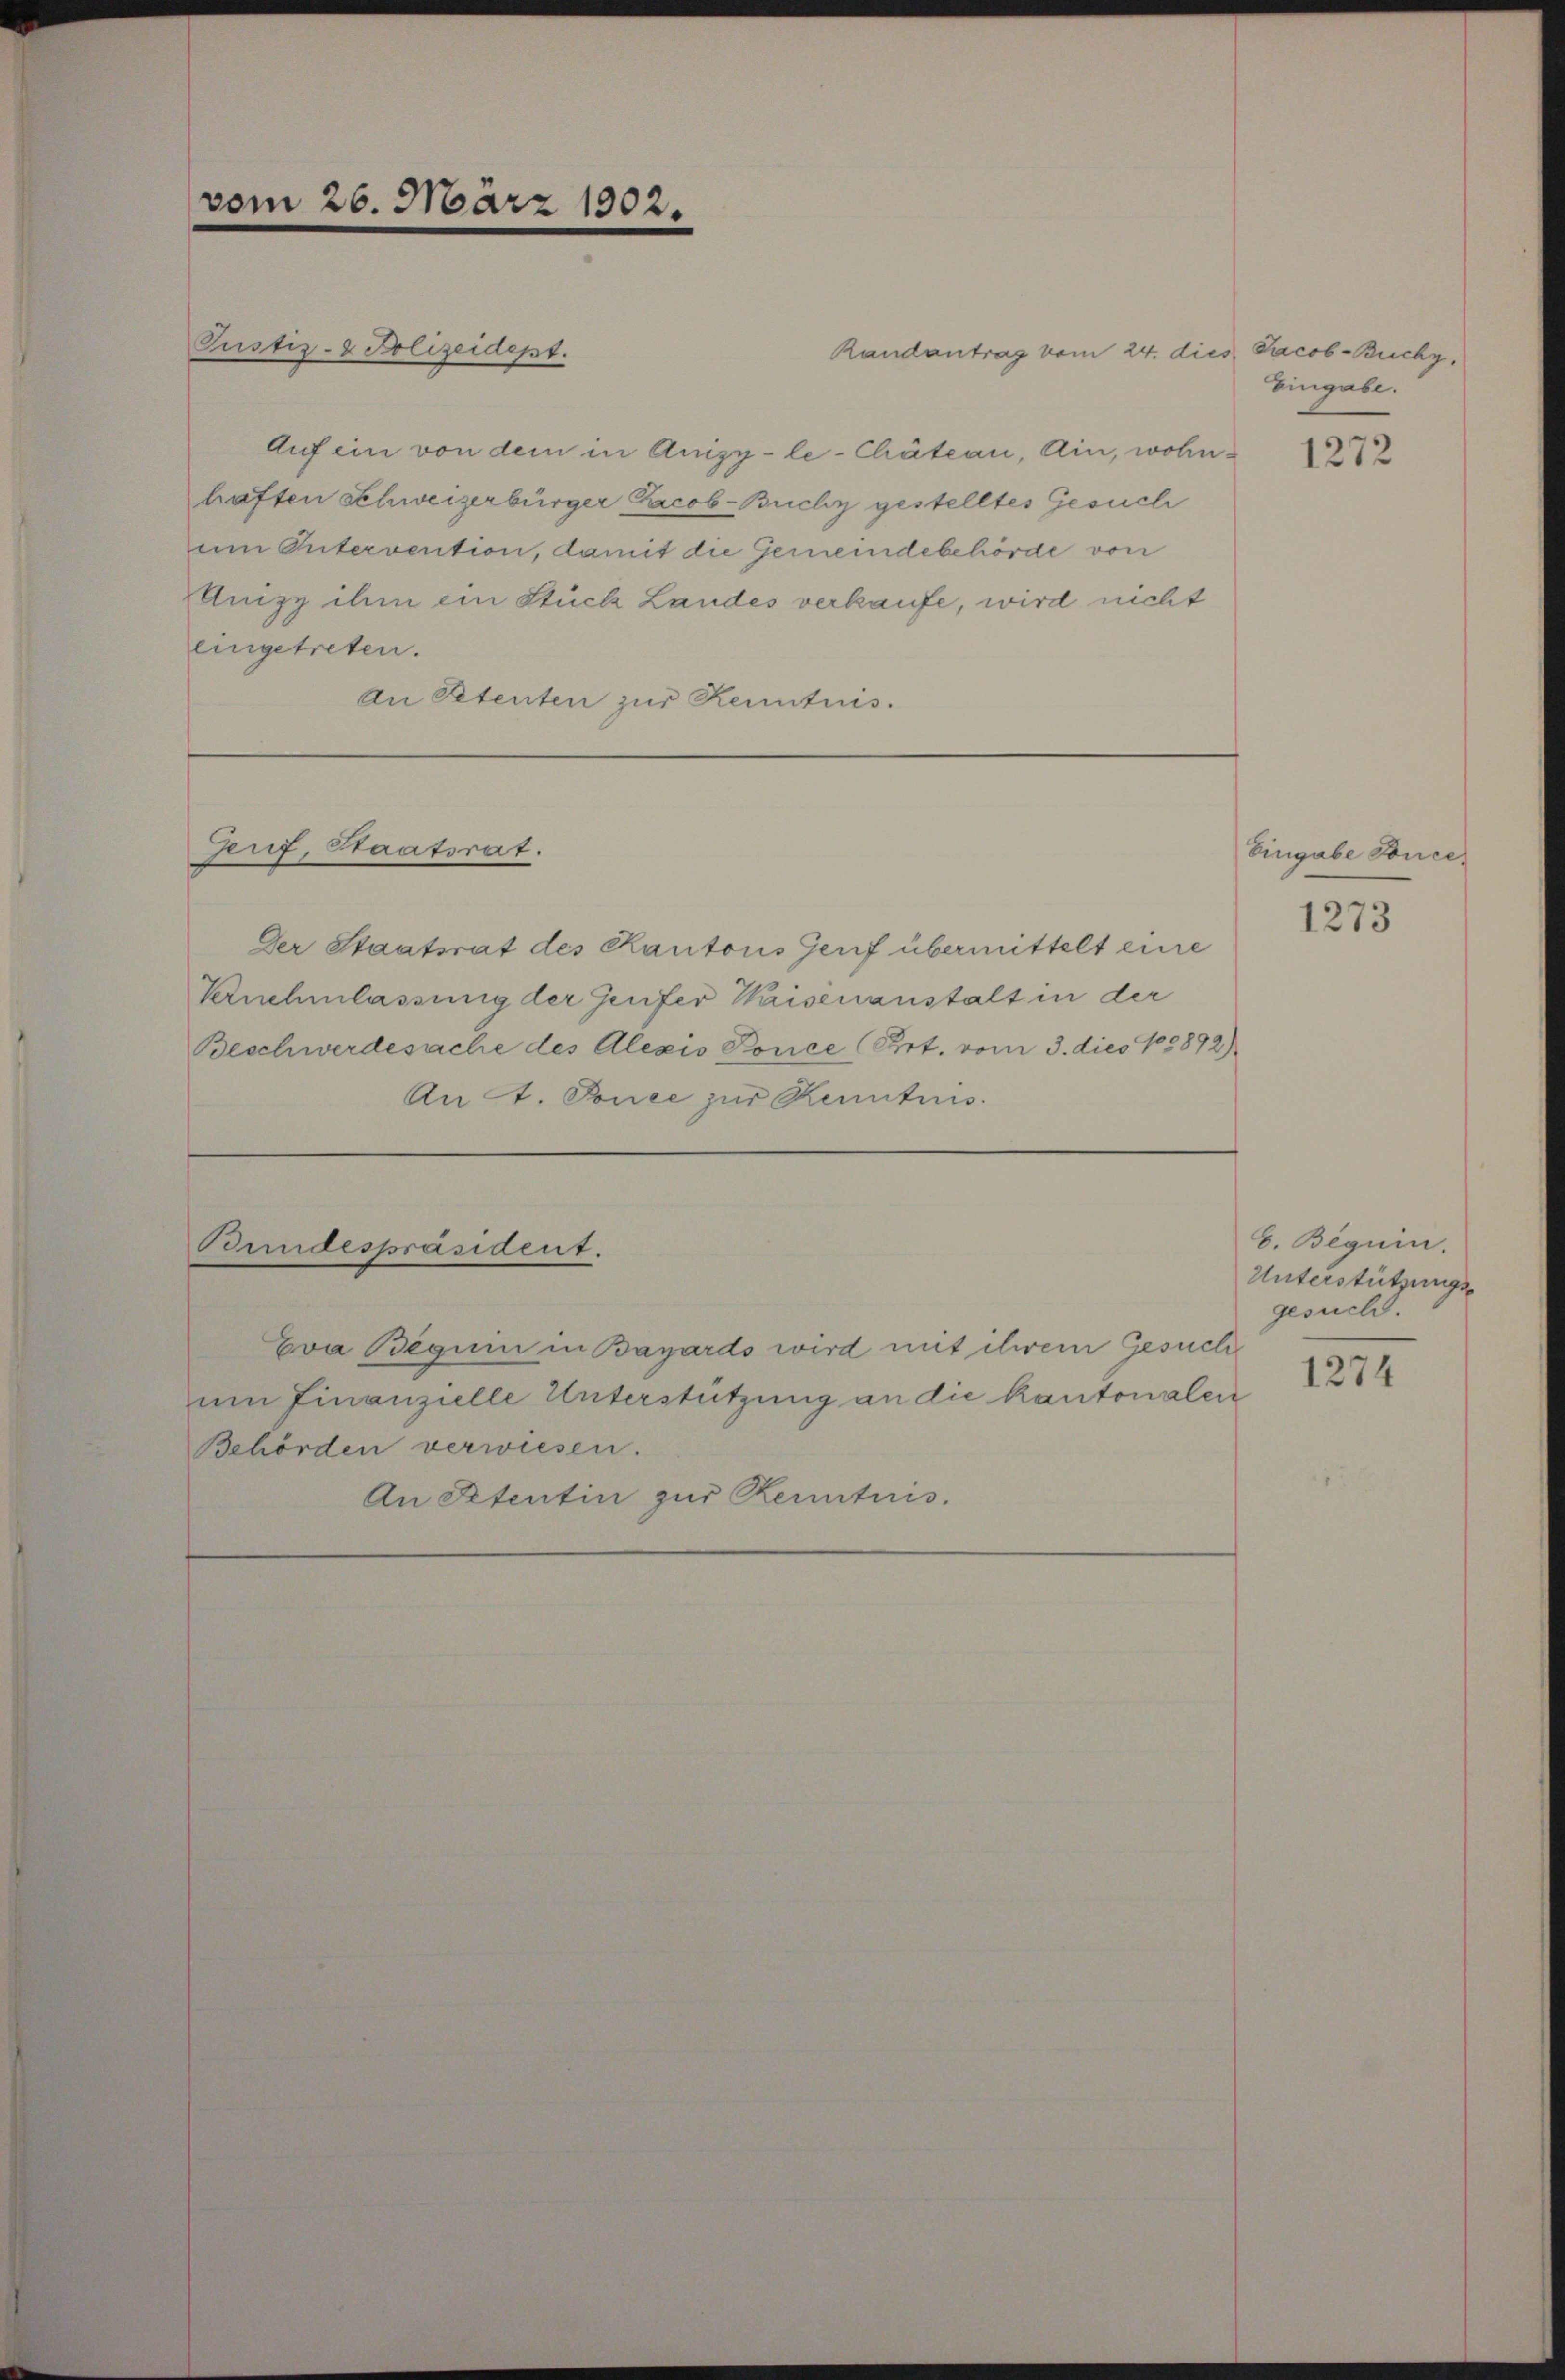
Pustiz- & Polizeidept.
Auf ein von dem in Quisy-le-Chäteau, Ain, wohnhäften Schweizerbürger Jacob-Buchy gestelltes Gesuch
um Intervention, damit die Gemeindebehörde von
Unizy ihm ein Stück Landes verkaufe, wird nicht
eingetreten.
An Petenten zur Kenntnis.

vom 26. März 1902.

Genf, Staatsrat.

Bundespräsident.

Eva Beguin in Bazards wird mit ihrem Gesuch
um Finanzielle Unterstützung an die kantonalen
Behörden verwiesen.
An Retentin zur Kenntnis.

Randantrag vom 24. dies Jacob-Buchy,

Der Staatsrat des Kantons Genf übermittelt eine
Vernehmlassung der Genfer Waisenanstalt in der
Beschwerdesache des Alexis Ponce (Prrt. vom 3. dies 183892)
An A. Fonce zur Kenntnis.

Eingabe.

1272

Eingabe Konce

1273

C. Beguin.
Unterstützungsgesuch.
1274